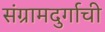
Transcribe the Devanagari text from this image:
संग्रामदुर्गाची